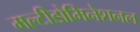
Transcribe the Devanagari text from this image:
मल्टीडोमिनेशनल